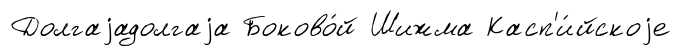
Долгаjадолгаjа Боково́й Шижма Касп'и́йскоjе